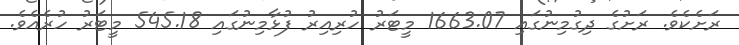
ރަށެކެވެ. ރަށުގެ ދިގުމިނުގައި 1663.07 މީޓަރު ހުރިއިރު ފުޅާމިނުގައި 545.18 މީޓަރު ހުރެއެވެ.